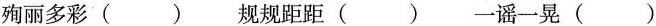
殉丽多彩() 规规距距() 一谣一晃()